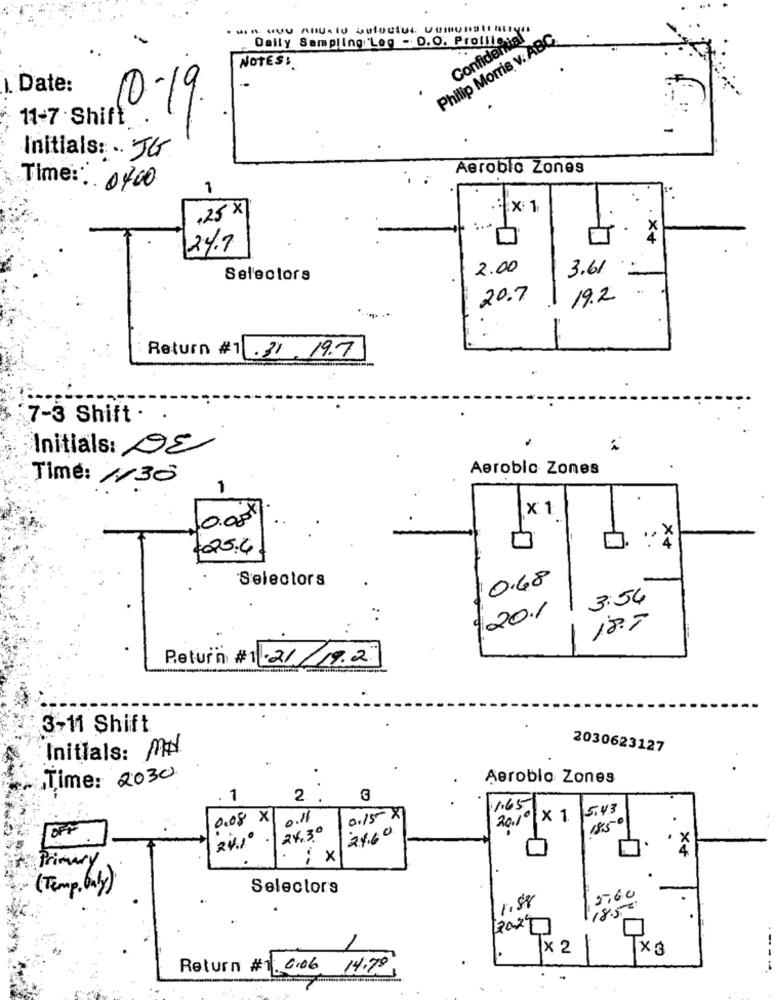
Confidential
Daily Sampling 'Leg -. D.O. Prollles
Philip Morris v: ABC
NOTES:
Date:
.. 4
10-19.
11-7 . Shift
Initials: - JG
Aerobic Zones
Time: 0400
1
.25 x
x 1
.×4
24.7
2.00
3.61
Selectors
20.7
19.2
Return #1 .31. 19.7
7-3 Shift .
Initials: DE
Aerobic Zones
Time: 1130
1
x 1
0.00
.. X
4025.4
Selectors
0.68
3:54
120.1
182
Return #1 .21/19.2."
3-11 Shift
2030623127
Initials: MH
.
Time: 2030
Aeroblo Zones
1
2
1.65
5.43
0.08 X
0.11
0.15 X
20.1º × 1.
24.30
24.60
4
Primary
. : x
( Temp, baly)
Selectors
1.88
5,60
18.5€
Tx 2
Return #1. 0.06 14.79